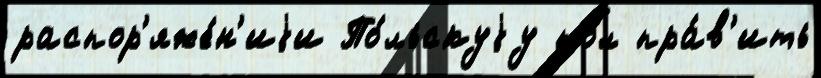
распор'яже́н'иjи По́льскуjу пол пра́в'ить